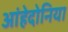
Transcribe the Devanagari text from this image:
आंहेदोनिया